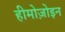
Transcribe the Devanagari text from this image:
हीमोज़ोइन